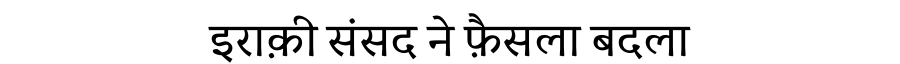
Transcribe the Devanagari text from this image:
इराक़ी संसद ने फ़ैसला बदला